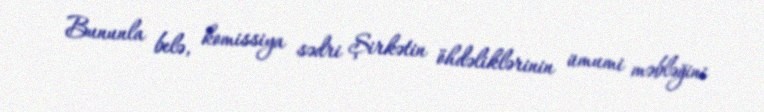
Bununla belə, komissiya sədri Şirkətin öhdəliklərinin ümumi məbləğini